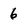
Character: 6